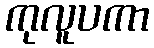
ကုလူပကာ